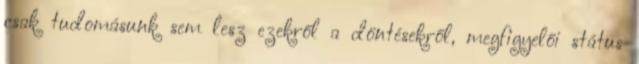
csak tudomásunk sem lesz ezekről a döntésekről, megfigyelői státus